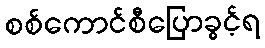
စစ်ကောင်စီပြောခွင့်ရ